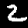
Digit: 2